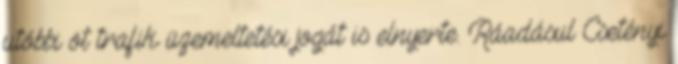
utóbbi öt trafik üzemeltetési jogát is elnyerte. Ráadásul Csetényi